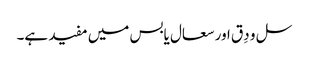
سل و دِق اور سعال یابس میں مفید ہے۔